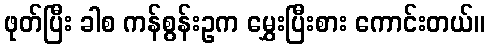
ဖုတ်ပြီး ခါစ ကန်စွန်းဥက မွှေးပြီးစား ကောင်းတယ်။